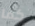
كما